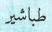
طباشير